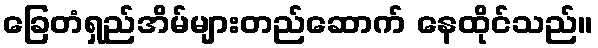
ခြေတံရှည်အိမ်များတည်ဆောက် နေထိုင်သည်။